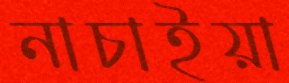
নাচাইয়া